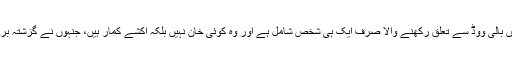
دنیا کے سب سے زیادہ کماؤ اداکاروں اور کھلاڑیوں کی فہرست میں بالی ووڈ سے تعلق رکھنے والا صرف ایک ہی شخص شامل ہے اور وہ کوئی خان نہیں بلکہ اکشے کمار ہیں، جنہوں نے گزشتہ برس 65 ملین ڈالر کمائے اور وہ اس فہرست میں 33ویں نمبر پر ہیں۔